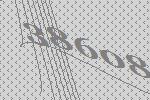
38608